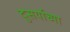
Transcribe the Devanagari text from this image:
दुसर्याच्या